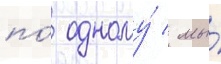
по́ одному́ / мы́